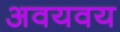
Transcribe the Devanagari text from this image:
अवयवय